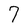
Character: 7